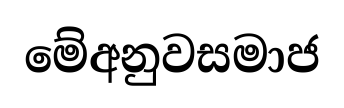
මේඅනුවසමාජ